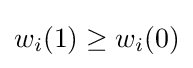
w_{i}(1)\geq w_{i}(0)